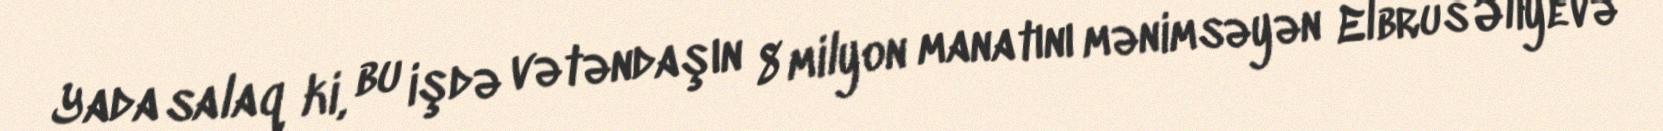
Yada salaq ki, bu işdə vətəndaşın 8 milyon manatını mənimsəyən Elbrus Əliyevə